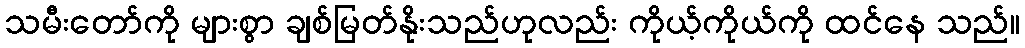
သမီးတော်ကို များစွာ ချစ်မြတ်နိုးသည်ဟုလည်း ကိုယ့်ကိုယ်ကို ထင်နေ သည်။